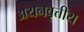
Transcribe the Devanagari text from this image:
अयनवृत्तीय